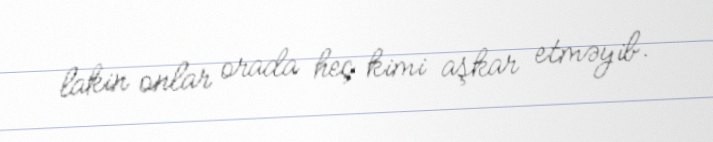
lakin onlar orada heç kimi aşkar etməyib.